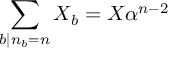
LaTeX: \sum _ { b \vert n _ { b } = n } X _ { b } = X \alpha ^ { n - 2 }